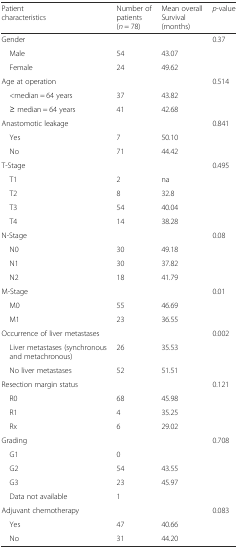
| Patient characteristics | Number of patients (n = 78) | Mean overall Survival (months) | p-value |
 | --- | --- | --- | --- |
 | Gender |  |  | 0.37 |
 | Male | 54 | 43.07 |  |
 | Female | 24 | 49.62 |  |
 | Age at operation |  |  | 0.514 |
 | <median = 64 years | 37 | 43.82 |  |
 | ≥ median = 64 years | 41 | 42.68 |  |
 | Anastomotic leakage |  |  | 0.841 |
 | Yes | 7 | 50.10 |  |
 | No | 71 | 44.42 |  |
 | T-Stage |  |  | 0.495 |
 | T1 | 2 | na |  |
 | T2 | 8 | 32.8 |  |
 | T3 | 54 | 40.04 |  |
 | T4 | 14 | 38.28 |  |
 | N-Stage |  |  | 0.08 |
 | N0 | 30 | 49.18 |  |
 | N1 | 30 | 37.82 |  |
 | N2 | 18 | 41.79 |  |
 | M-Stage |  |  | 0.01 |
 | M0 | 55 | 46.69 |  |
 | M1 | 23 | 36.55 |  |
 | Occurrence of liver metastases |  |  | 0.002 |
 | Liver metastases (synchronous and metachronous) | 26 | 35.53 |  |
 | No liver metastases | 52 | 51.51 |  |
 | Resection margin status |  |  | 0.121 |
 | R0 | 68 | 45.98 |  |
 | R1 | 4 | 35.25 |  |
 | Rx | 6 | 29.02 |  |
 | Grading |  |  | 0.708 |
 | G1 | 0 |  |  |
 | G2 | 54 | 43.55 |  |
 | G3 | 23 | 45.97 |  |
 | Data not available | 1 |  |  |
 | Adjuvant chemotherapy |  |  | 0.083 |
 | Yes | 47 | 40.66 |  |
 | No | 31 | 44.20 |  |